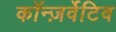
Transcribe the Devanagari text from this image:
कॉन्ज़र्वेटिव